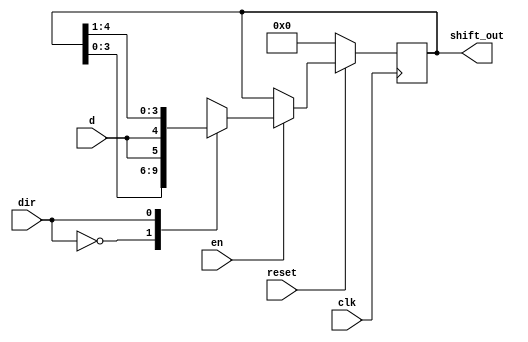
// N-Bit Shift Register
// Created by Nitheesh Kumar - Aug 03 2020

module n_shift_reg #(parameter N=5) (
	input d,
	input clk, // Clock Signal
	input reset, // Rest Signal
	input en, // Shift Enable
	input dir, // Direction Select
	output reg [N-1:0] shift_out);

always @(posedge clk) begin

if (~reset)
shift_out <= 0;
else begin
if (en) begin
case (dir)
0 : shift_out <= {shift_out[N-2:0],d}; // Left Shift
1 : shift_out <= {d,shift_out[N-1:1]}; // Right Shift
endcase
end
else shift_out <= shift_out;
end

end

endmodule